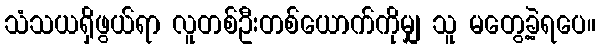
သံသယရှိဖွယ်ရာ လူတစ်ဦးတစ်ယောက်ကိုမျှ သူ မတွေ့ခဲ့ရပေ။